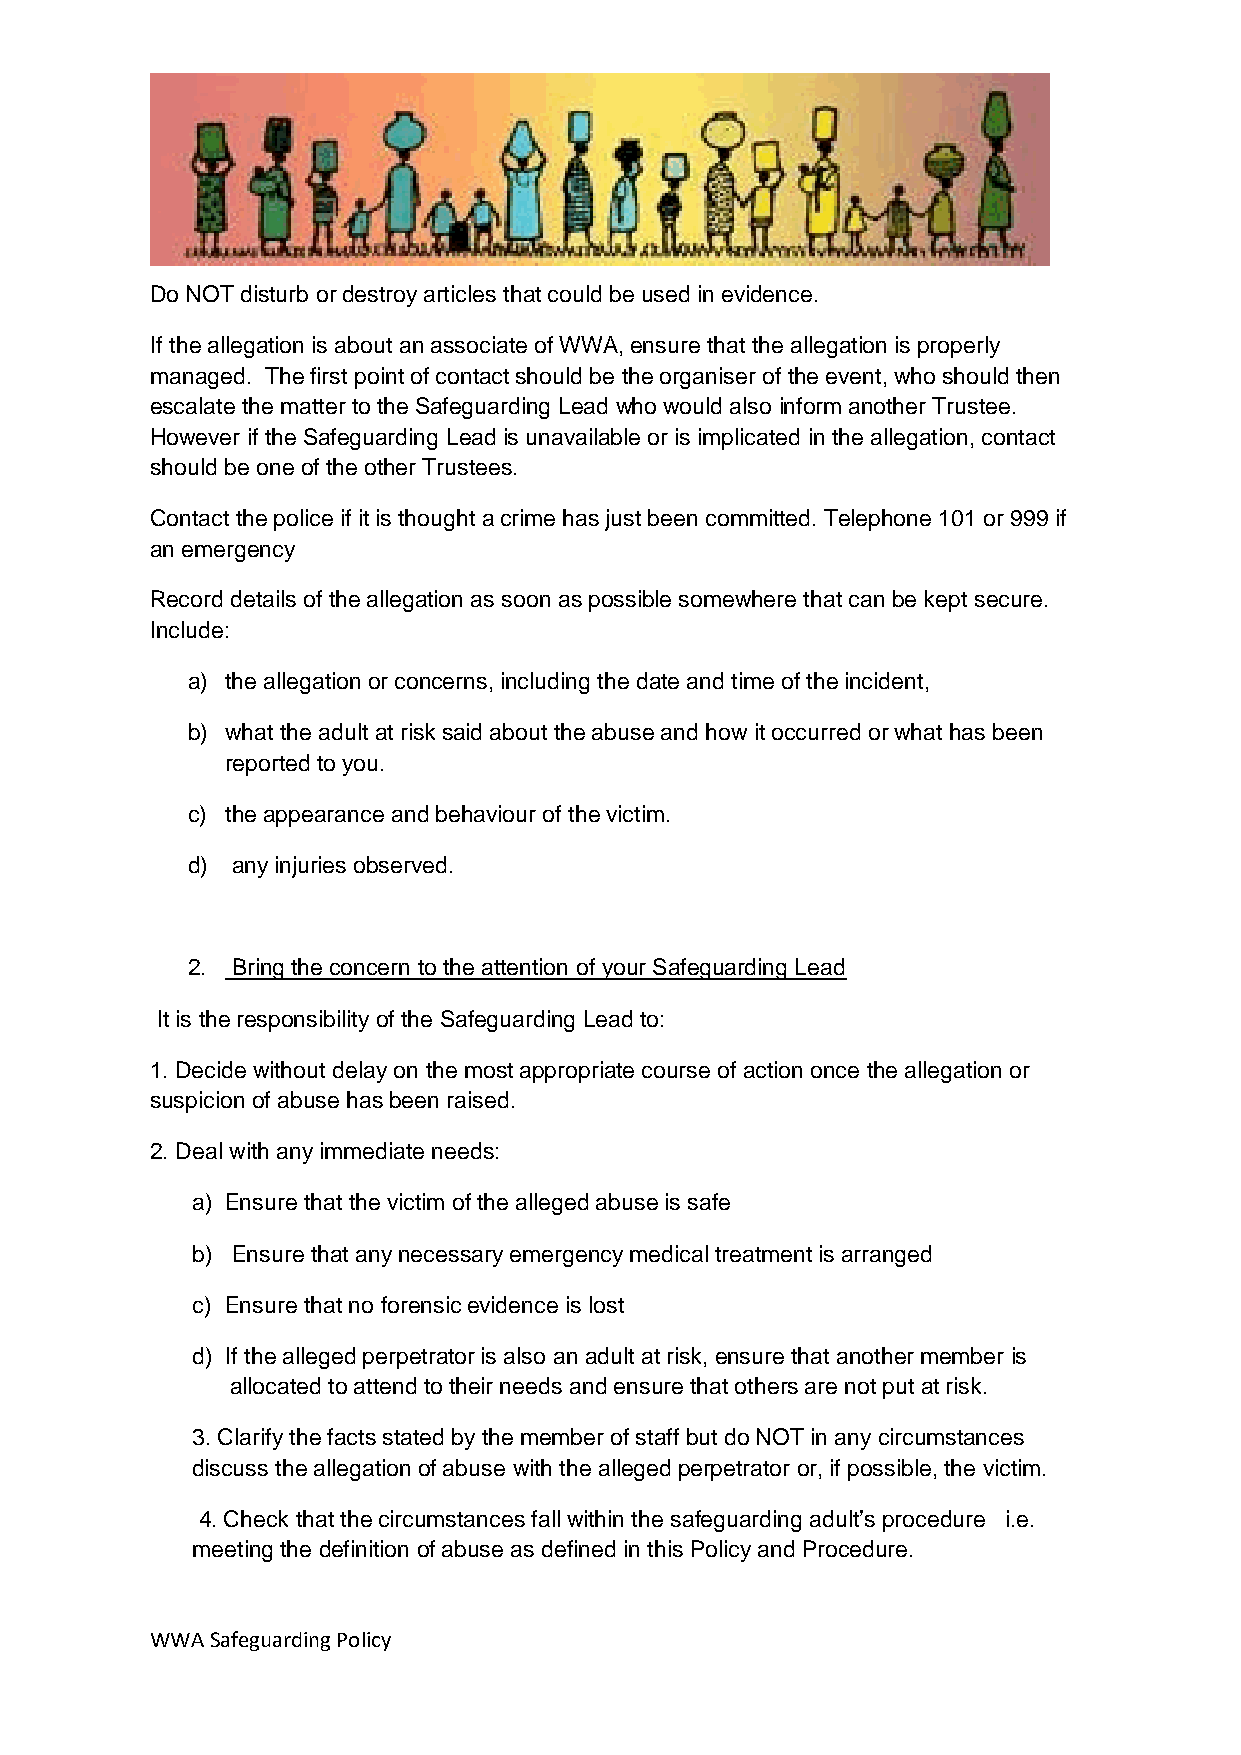
Do NOT disturb or destroy articles that could be used in evidence.
 If the allegation is about an associate of WWA, ensure that the allegation is properly
 managed. The first point of contact should be the organiser of the event, who should then
 escalate the matter to the Safeguarding Lead who would also inform another Trustee.
 However if the Safeguarding Lead is unavailable or is implicated in the allegation, contact
 should be one of the other Trustees.
 Contact the police if it is thought a crime has just been committed. Telephone 101 or 999 if
 an emergency
 Record details of the allegation as soon as possible somewhere that can be kept secure.
 Include:
 a) the allegation or concerns, including the date and time of the incident,
 b) what the adult at risk said about the abuse and how it occurred or what has been
 reported to you.
 c) the appearance and behaviour of the victim.
 d) any injuries observed.
 2. Bring the concern to the attention of your Safeguarding Lead
 It is the responsibility of the Safeguarding Lead to:
 1. Decide without delay on the most appropriate course of action once the allegation or
 suspicion of abuse has been raised.
 2. Deal with any immediate needs:
 a) Ensure that the victim of the alleged abuse is safe
 b) Ensure that any necessary emergency medical treatment is arranged
 c) Ensure that no forensic evidence is lost
 d) If the alleged perpetrator is also an adult at risk, ensure that another member is
 allocated to attend to their needs and ensure that others are not put at risk.
 3. Clarify the facts stated by the member of staff but do NOT in any circumstances
 discuss the allegation of abuse with the alleged perpetrator or, if possible, the victim.
 4. Check that the circumstances fall within the safeguarding adult’s procedure i.e.
 meeting the definition of abuse as defined in this Policy and Procedure.
 WWA Safeguarding Policy